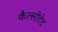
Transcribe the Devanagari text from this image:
कैल्सीटेट